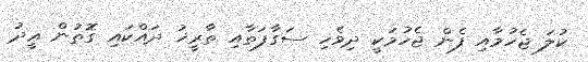
ކުލަ ޖެހުމާއި ފެން ޖެހުމަކީ ދިވެހި ސަގާފަތާއި ތާރީޚު ދައްކައި ގޮތުން ޢީދު